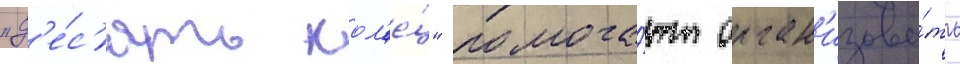
"д'е́с'ять кол'е́ц" помога́ют орган'изова́ть